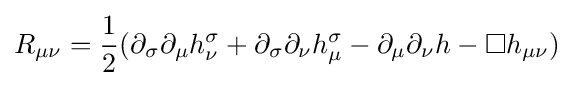
R_{\mu \nu }={\frac {1}{2}}(\partial _{\sigma }\partial _{\mu }h_{\nu }^{\sigma }+\partial _{\sigma }\partial _{\nu }h_{\mu }^{\sigma }-\partial _{\mu }\partial _{\nu }h-\square h_{\mu \nu })